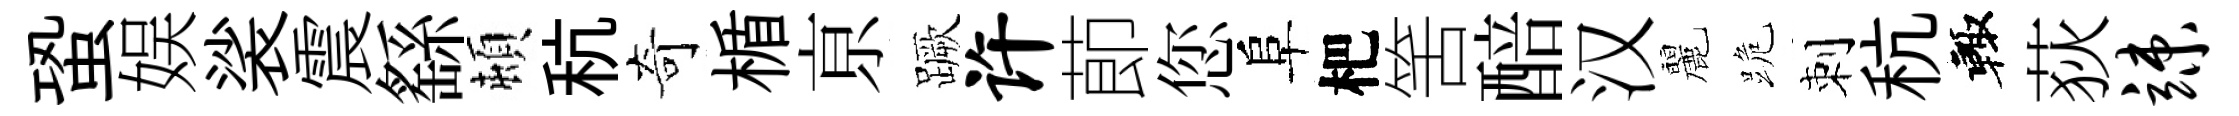
蛩娱裟震繇頓秔奇楯亰蹶许莭您阜杷筈醅汉麗跪刺秔輙荻竦